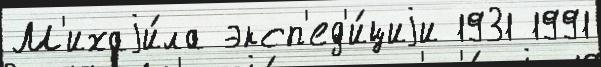
М'ихаjи́ла эксп'ед'и́циjи 1931 1991